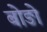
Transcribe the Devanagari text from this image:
बोङो